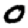
Digit: 0